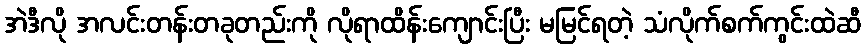
အဲဒီလို အလင်းတန်းတခုတည်းကို လိုရာထိန်းကျောင်းပြီး မမြင်ရတဲ့ သံလိုက်စက်ကွင်းထဲဆီ